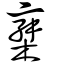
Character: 椉